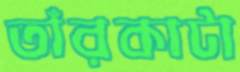
তাঁরকাটা